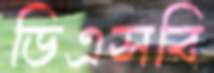
ডিএসবি